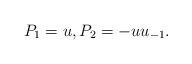
LaTeX: \begin{align*}P_1=u,P_2=-uu_{-1}.\end{align*}